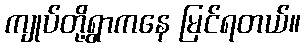
ကျုပ်တို့ရွာကနေ မြင်ရတယ်။